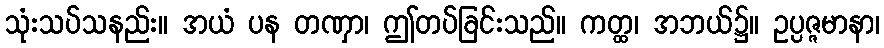
သုံးသပ်သနည်း။ အယံ ပန တဏှာ၊ ဤတပ်ခြင်းသည်။ ကတ္ထ၊ အဘယ်၌။ ဥပ္ပဇ္ဇမာနာ၊